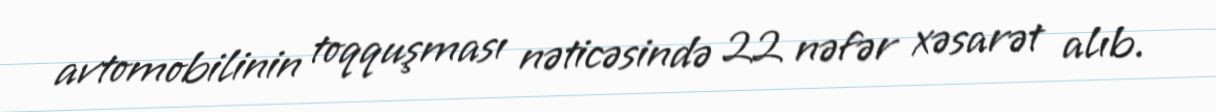
avtomobilinin toqquşması nəticəsində 22 nəfər xəsarət alıb.